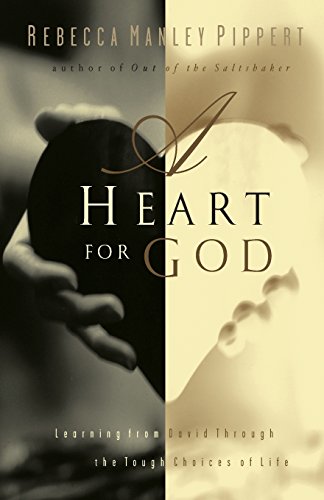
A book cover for A Heart for God: Learning From David Through the Tough Choices of Life; Rebecca Manley Pippert; Christian Books & Bibles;